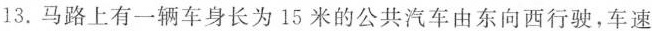
13，马路上有一辆车身长为15米的公共汽车由东向西行驶，车速